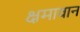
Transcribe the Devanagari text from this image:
क्षमावान